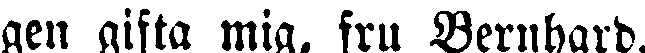
gen gifta mig, fru Bernhard.